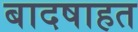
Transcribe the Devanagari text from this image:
बादषाहत